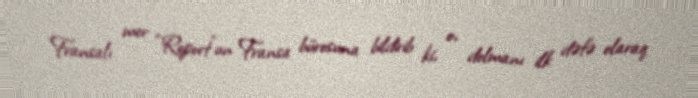
Fransalı mer “Report”un Fransa bürosuna bildirib ki, o, dolmanı ilk dəfə olaraq